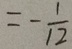
= - \frac { 1 } { 1 2 }